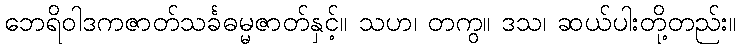
ဘေရိဝါဒကဇာတ်သင်္ခဓမ္မဇာတ်နှင့်။ သဟ၊ တကွ။ ဒသ၊ ဆယ်ပါးတို့တည်း။